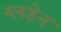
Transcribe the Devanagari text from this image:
ग्लडेन